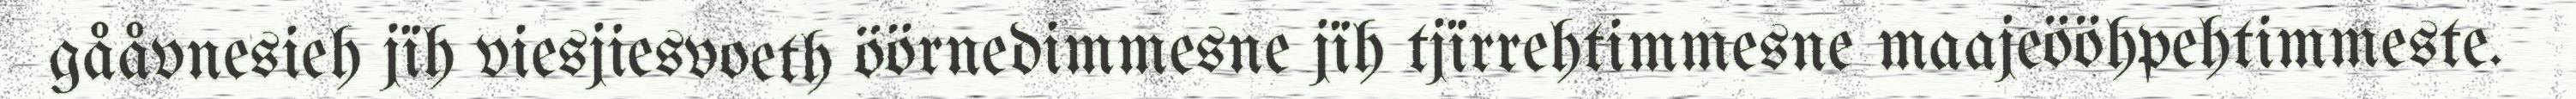
gååvnesieh jïh viesjiesvoeth öörnedimmesne jïh tjïrrehtimmesne maajeööhpehtimmeste.